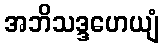
အဘိသဒ္ဒဟေယျံ